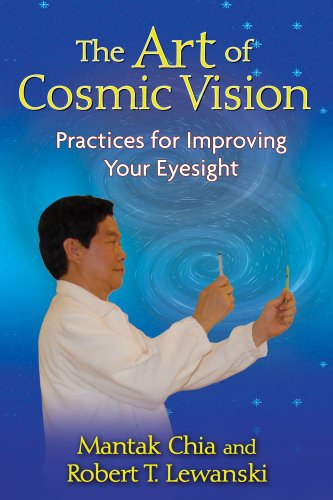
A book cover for The Art of Cosmic Vision: Practices for Improving Your Eyesight; Mantak Chia; Health, Fitness & Dieting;